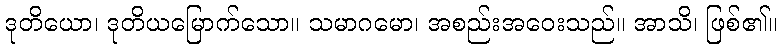
ဒုတိယော၊ ဒုတိယမြောက်သော။ သမာဂမော၊ အစည်းအဝေးသည်။ အာသိ၊ ဖြစ်၏။